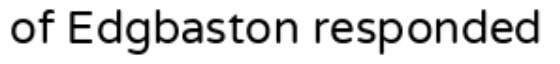
of Edgbaston responded